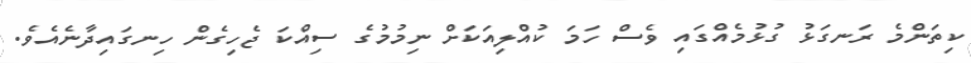
ކިތަންމެ ރަނގަޅު ގުޅުމެއްގައި ވެސް ހަމަ ކުއްލިއަކަށް ނިމުމުގެ ސިއްކަ ޖެހިގެން ހިނގައިދާނެއެވެ.